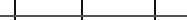
٤٠